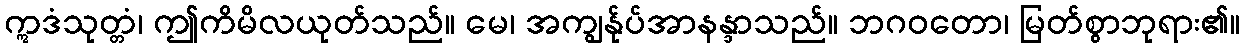
ဣဒံသုတ္တံ၊ ဤကိမိလယုတ်သည်။ မေ၊ အကျွန်ုပ်အာနန္ဒာသည်။ ဘဂဝတော၊ မြတ်စွာဘုရား၏။